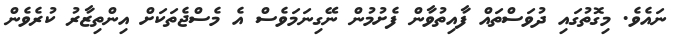
ނައެވެ. މިގޮތުގައި ދުވަސްތައް ފާއިތުވާން ފެށުމުން ނޭގިނަމަވެސް އެ މެސްޖެތަކަށް އިންތިޒާރު ކުރެވެން